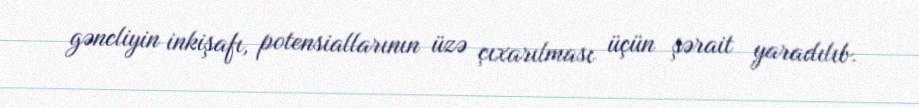
gəncliyin inkişafı, potensiallarının üzə çıxarılması üçün şərait yaradılıb.